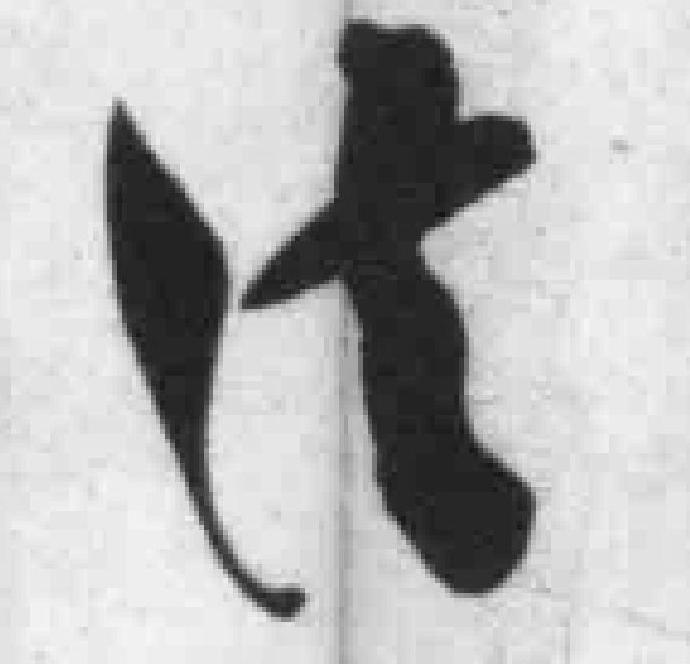
法